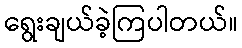
ရွေးချယ်ခဲ့ကြပါတယ်။